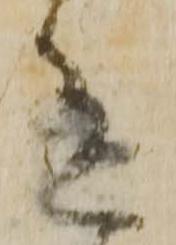
有